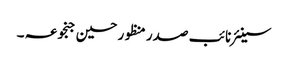
سینئر نائب صدر منظور حسین جنجوعہ ۔